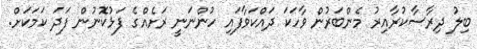
ބިލު ދިރާސާކުރާއިރު މެންބަރުން ވާހަކަ ދައްކަވާފައި ހުންނަނީ ރަށެއްގެ ފަޅުކޮނުން ފަދަ ކަމަކަށް.